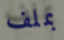
بملف